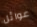
عوائل